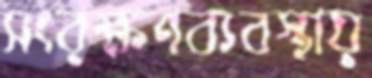
সংরক্ষণব্যবস্থায়